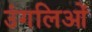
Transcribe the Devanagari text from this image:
उंगलिओं